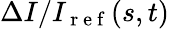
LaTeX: \Delta I/I_{\mathrm{~r~e~f~}}(s,t)